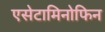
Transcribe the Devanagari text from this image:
एसेटामिनोफिन